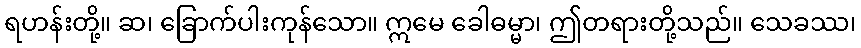
ရဟန်းတို့။ ဆ၊ ခြောက်ပါးကုန်သော။ ဣမေ ခေါဓမ္မာ၊ ဤတရားတို့သည်။ သေခဿ၊